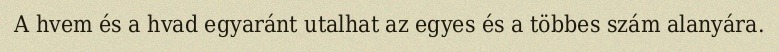
A hvem és a hvad egyaránt utalhat az egyes és a többes szám alanyára.